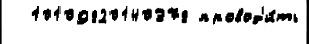
  10109820140378 провод'и́ть